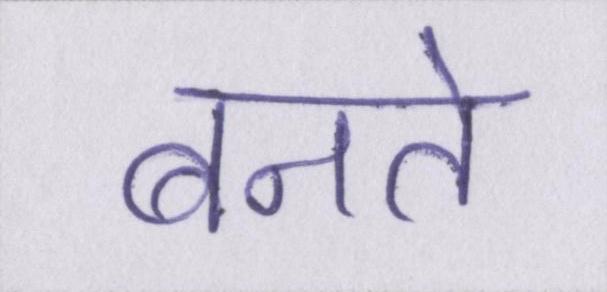
बनते